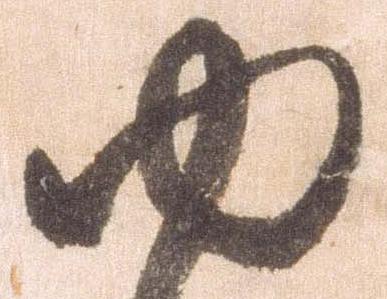
ゆ